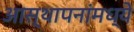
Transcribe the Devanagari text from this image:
आस्‍थापनांमध्‍ये